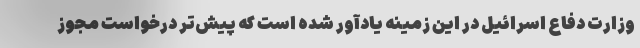
وزارت دفاع اسرائیل در این زمینه یادآور شده است که پیش‌تر درخواست مجوز